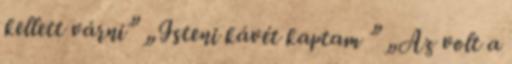
kellett várni” „Isteni kávét kaptam ” „Az volt a